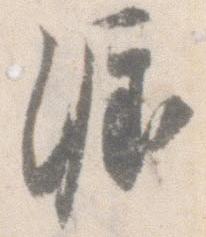
涯